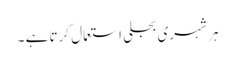
ہر شہری بجلی استعمال کرتا ہے ۔